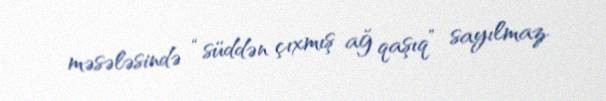
məsələsində “süddən çıxmış ağ qaşıq” sayılmaz.